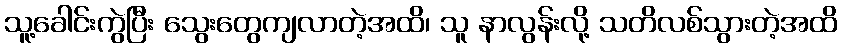
သူ့ခေါင်းကွဲပြီး သွေးတွေကျလာတဲ့အထိ၊ သူ နာလွန်းလို့ သတိလစ်သွားတဲ့အထိ